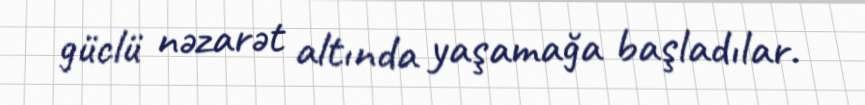
güclü nəzarət altında yaşamağa başladılar.